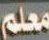
معلم